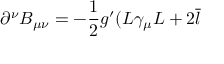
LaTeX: \partial ^ { \nu } B _ { \mu \nu } = - \frac 1 2 g ^ { \prime } ( L \gamma _ { \mu } L + 2 \overline { { { l } } }